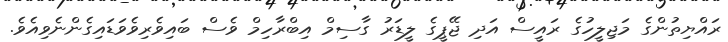
ރައްޔިތުންގެ މަޖިލީހުގެ ރައީސް އަދި ޖޭޕީގެ ލީޑަރު ގާސިމް އިބްރާހިމް ވެސް ބައިވެރިވެވަޑައިގެންނެވިއެވެ.